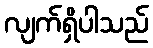
လျက်ရှိပါသည်